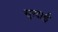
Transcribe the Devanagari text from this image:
सुग़्दाई